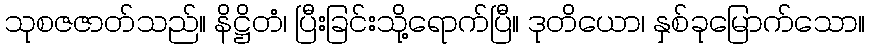
သုစဇဇာတ်သည်။ နိဋ္ဌိတံ၊ ပြီးခြင်းသို့ရောက်ပြီ။ ဒုတိယော၊ နှစ်ခုမြောက်သော။